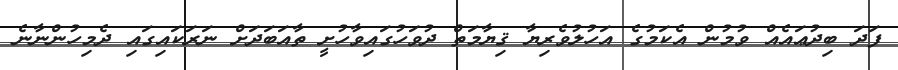
ފަދަ ބިދުޢައެއް ވުމުން އެކަމުގެ އަހުލުވެރިޔާ ޤިޔާމަތް ދުވަހުގައިވާހުށީ ތާއަބަދަށް ނަރަކައިގައި ދެމިހުންނާނެ